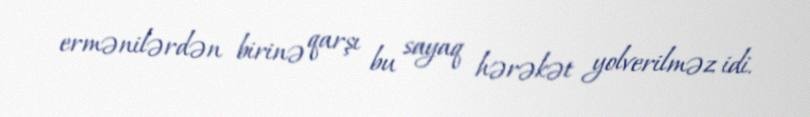
ermənilərdən birinə qarşı bu sayaq hərəkət yolverilməz idi.